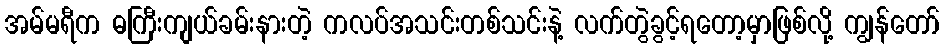
အမ်မရီက ဓကြီးကျယ်ခမ်းနားတဲ့ ကလပ်အသင်းတစ်သင်းနဲ့ လက်တွဲခွင့်ရတော့မှာဖြစ်လို့ ကျွန်တော်